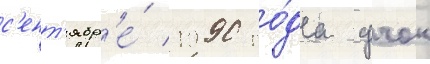
с'ент'ябр'е́ 1990 го́да учок